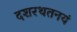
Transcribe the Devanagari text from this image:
दशरथतनयं